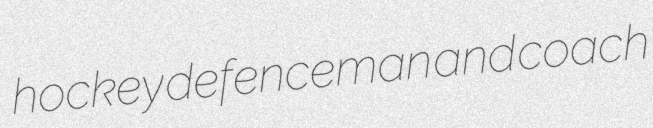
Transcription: hockey defenceman and coach